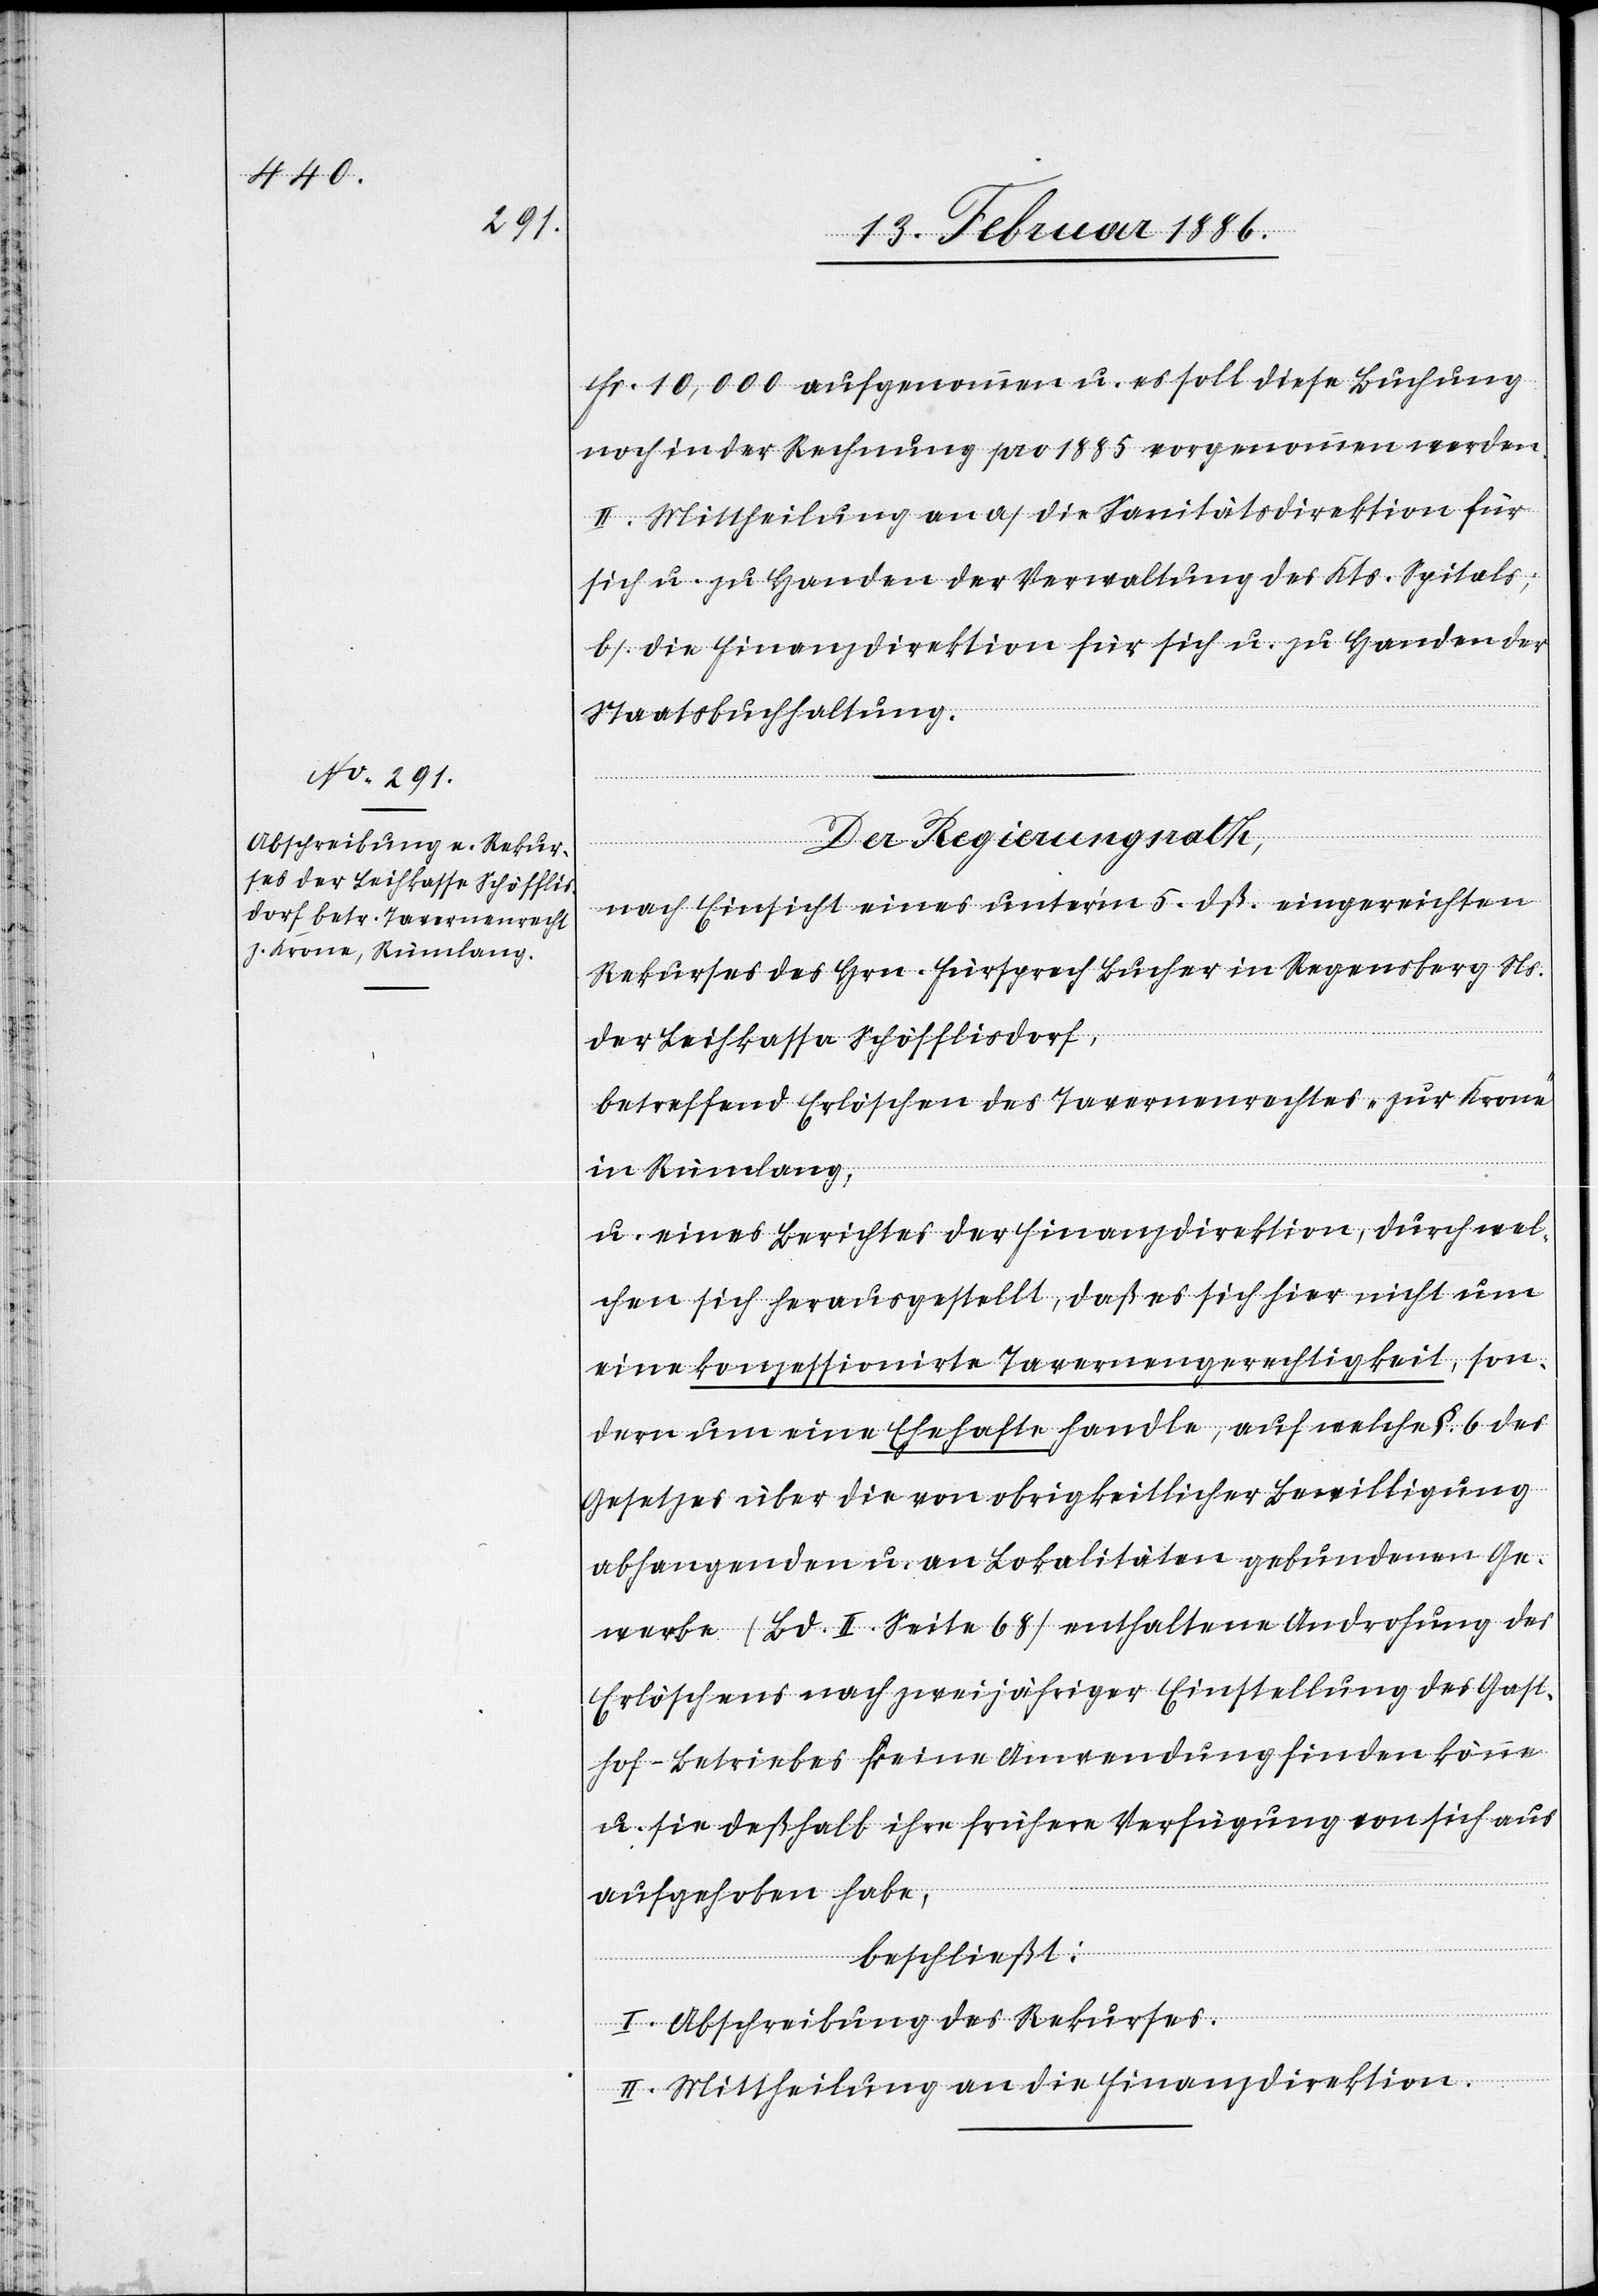
Fr. 10,000 aufgenommen u. es soll diese Buchung
noch in der Rechnung pro 1885 vorgenommen werden.
II. Mittheilung an a) die Sanitätsdirektion für
sich u. zu Handen der Verwaltung des Kts. Spitals;
b) die Finanzdirektion für sich u. zu Handen der
Staatsbuchhaltung.
Der Regierungsrath,
nach Einsicht eines unter’m 5. dß. eingereichten
Rekurses des Hrn. Fürsprech Bucher in Regensberg N¬
s.
der Leihkassa Schöfflisdorf,
betreffend Erlöschen des Tavernenrechtes „zur Krone“
in Rümlang,
u. eines Berichtes der Finanzdirektion, durch wel¬
chen sich herausgestellt, daß es sich hier nicht um
eine konzessionierte Tavernengerechtigkeit, son¬
dern um eine Ehehafte handle, auf welche §. 6 des
Gesetzes über die von obrigkeitlicher Bewilligung
abhangenden u. an Lokalitäten gebundenen Ge¬
werbe (Bd. II. Seite 68) enthaltene Androhung des
Erlöschens nach zweijähriger Einstellung des Gast¬
hof-Betriebes seine Anwendung finden können,
u. sie deßhalb ihre frühere Verfügung von sich aus
aufgehoben habe,
beschließt:
I. Abschreibung des Rekurses.
II. Mittheilung an die Finanzdirektion.